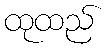
ထုထည်